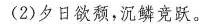
(2)夕日欲颓，沉鳞竞跃。